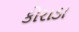
કોરાડા